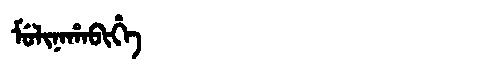
Manchu: ᠮᡠᠯᡳᠨᠠᡥᠠᠪᡳᡥᡝ
Romanization: MULINAHABIHE